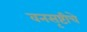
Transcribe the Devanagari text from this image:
वनसृष्टीचे